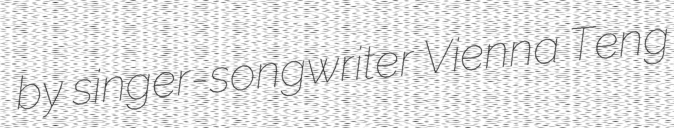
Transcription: by singer-songwriter Vienna Teng